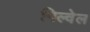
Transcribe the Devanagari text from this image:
गिल्वेल